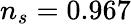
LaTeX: n_{s}=0.967